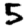
Digit: 5